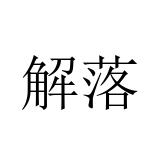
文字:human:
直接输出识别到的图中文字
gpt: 解落